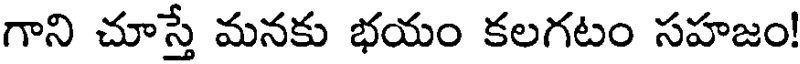
గాని చూస్తే మనకు భయం కలగటం సహజం!